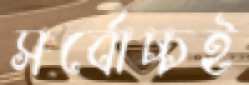
সর্বোচ্চই